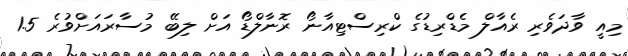
މިއީ ވާދަވެރި ރެއާލް މެޑްރިޑުގެ ކްރިސްޓިއާނޯ ރޮނާލްޑޯ އަށް ލިބޭ މުސާރައަށްވުރެ 1.5